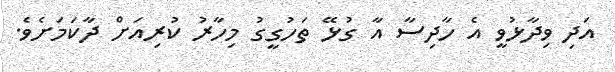
އަދި ވިދާޅުވީ އެ ހާދިސާ އާ ގުޅޭ ތަހުގީގު މިހާރު ކުރިއަށް ދާކަމަށެވެ.